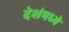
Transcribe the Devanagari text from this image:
देशंमध्ये